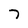
Character: 7